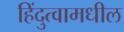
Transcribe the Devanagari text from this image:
हिंदुत्वामधील